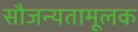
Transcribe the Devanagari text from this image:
सौजन्यतामूलक